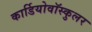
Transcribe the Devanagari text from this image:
कार्डियोवॉस्कुलर